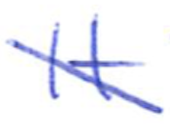
Text: It
Cross-out: diagonal
Writing tool: ballpoint